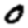
Digit: 0